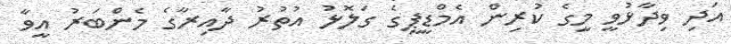
އަދި ވިދާޅުވީ މީގެ ކުރިން އެމްޑީޕީގެ ގަލޮޅު އުތުރު ދާއިރާގެ މެންބަރު އީވާ